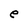
Character: e